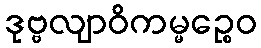
ဒုဗ္ဗလျာဝိကမ္မဉ္စေဝ